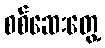
စစ်ဆေးတွေ့